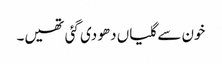
خون سے گلیاں دھو دی گئی تھیں۔